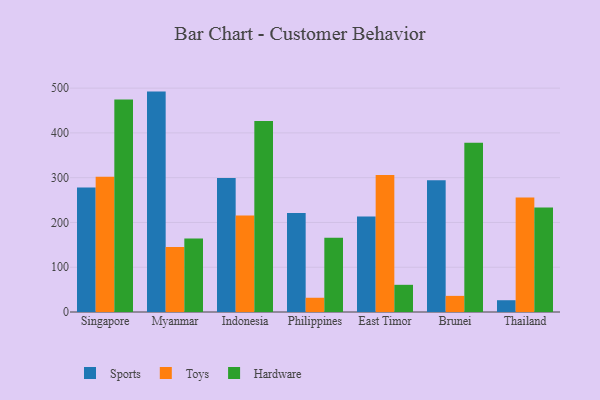
{"axis": {"x": "Country", "y": "Energy Usage (MWh)"}, "legend": ["Hardware", "Sports", "Toys"], "data": [{"x": "Singapore", "y": 277.9, "type": "Sports"}, {"x": "Singapore", "y": 302.2, "type": "Toys"}, {"x": "Singapore", "y": 474.8, "type": "Hardware"}, {"x": "Myanmar", "y": 492.2, "type": "Sports"}, {"x": "Myanmar", "y": 145.4, "type": "Toys"}, {"x": "Myanmar", "y": 164.3, "type": "Hardware"}, {"x": "Indonesia", "y": 299.1, "type": "Sports"}, {"x": "Indonesia", "y": 215.6, "type": "Toys"}, {"x": "Indonesia", "y": 426.3, "type": "Hardware"}, {"x": "Philippines", "y": 221.3, "type": "Sports"}, {"x": "Philippines", "y": 31.8, "type": "Toys"}, {"x": "Philippines", "y": 165.7, "type": "Hardware"}, {"x": "East Timor", "y": 213.3, "type": "Sports"}, {"x": "East Timor", "y": 305.9, "type": "Toys"}, {"x": "East Timor", "y": 60.7, "type": "Hardware"}, {"x": "Brunei", "y": 294.5, "type": "Sports"}, {"x": "Brunei", "y": 36.0, "type": "Toys"}, {"x": "Brunei", "y": 378.0, "type": "Hardware"}, {"x": "Thailand", "y": 26.3, "type": "Sports"}, {"x": "Thailand", "y": 255.6, "type": "Toys"}, {"x": "Thailand", "y": 233.4, "type": "Hardware"}]}